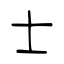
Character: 士